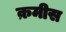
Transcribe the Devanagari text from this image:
क़मीस